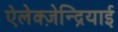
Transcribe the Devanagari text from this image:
ऐलेक्ज़ेन्द्रियाई